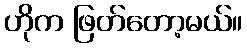
ဟိုက ဖြတ်တော့မယ်။